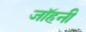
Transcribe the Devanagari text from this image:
जॉहनी